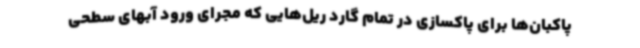
پاکبان‌ها برای پاکسازی در تمام گارد ریل‌هایی که مجرای ورود آبهای سطحی